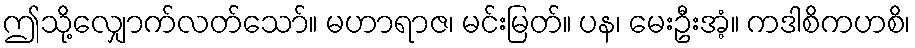
ဤသို့လျှောက်လတ်သော်။ မဟာရာဇ၊ မင်းမြတ်။ ပန၊ မေးဦးအံ့။ ကဒါစိကဟစိ၊